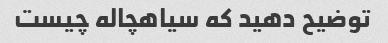
توضیح دهید که سیاهچاله چیست